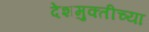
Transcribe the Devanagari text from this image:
देशमुक्तीच्या